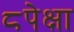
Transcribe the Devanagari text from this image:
८पेक्षा